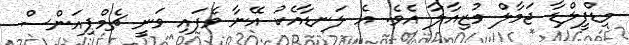
މިޑްފީލްޑާ ޖަމާލް މުޒިއާލާ އެވެ. އެ ލަނޑާއެކު އޭނާ ވެފައި ވަނީ ޗެމްޕިއަންސް